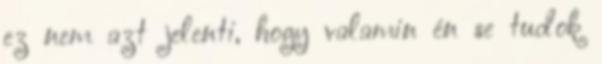
ez nem azt jelenti, hogy valamin én se tudok